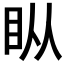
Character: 𰥒